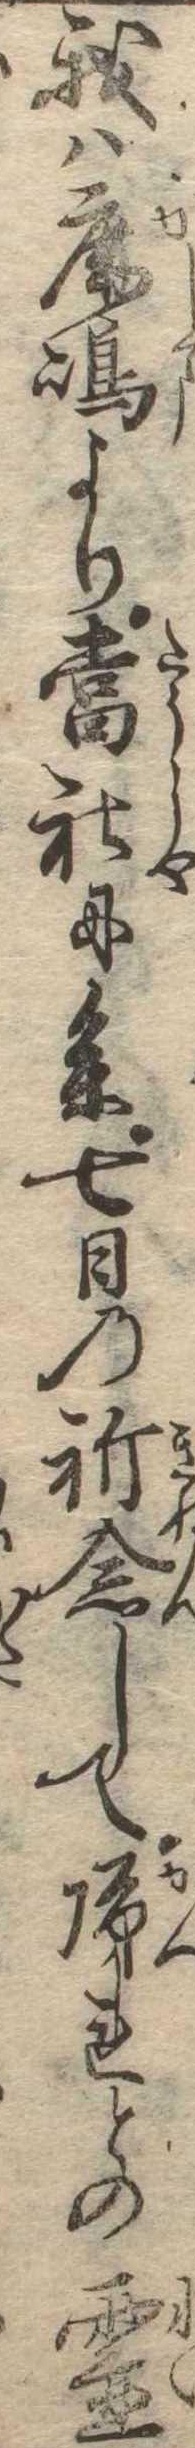
我は鹿島より当社に参七日の祈念して帰れとの霊